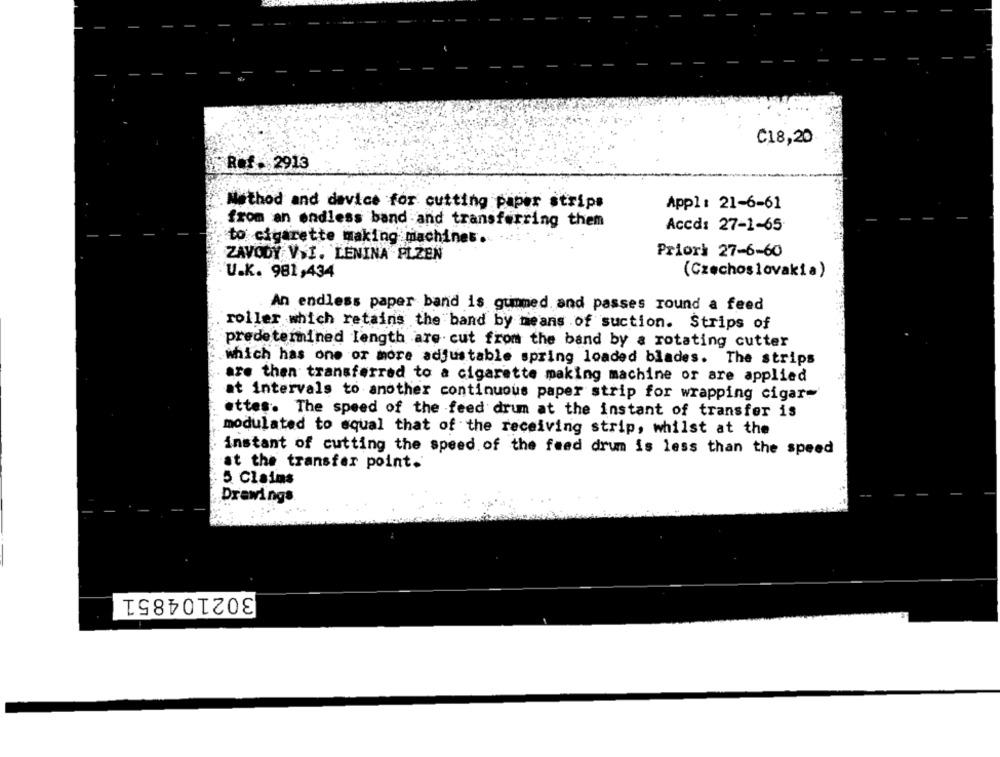
C18,20
Ref . 2913
Appl: 21-6-61
.Method and device for cutting paper strips
from an endless band and transferring them
Accd: 27-1-65
to cigarette making machines.
ZAVODY VÝI. LENINA PLZEN
Priori 27-6-60
(Czechoslovakia)
U.K. 981,434
An endless paper band is gummed and passes round a feed
roller which retains the band by means of suction. Strips of
predetermined length are cut from the band by a rotating cutter
which has one or more adjustable spring loaded blades. The strips
are then transferred to a cigarette making machine or are applied
at intervals to another continuous paper strip for wrapping cigar-
ettes. The speed of the feed drum at the instant of transfer is
modulated to squal that of the receiving strip, whilst at the
instant of cutting the speed of the feed drum is less than the speed
at the transfer point.
5 Claims
Drawings
302104851